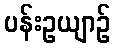
ပန်းဥယျာဉ်